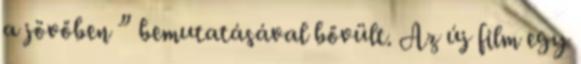
a jövőben ” bemutatásával bővült. Az új film egy